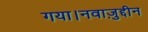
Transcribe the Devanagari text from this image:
गया।नवाज़ुद्दीन